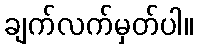
ချက်လက်မှတ်ပါ။